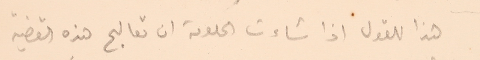
هذا للقول اذا شاءت الحكومة ان تعالج هذه القضية